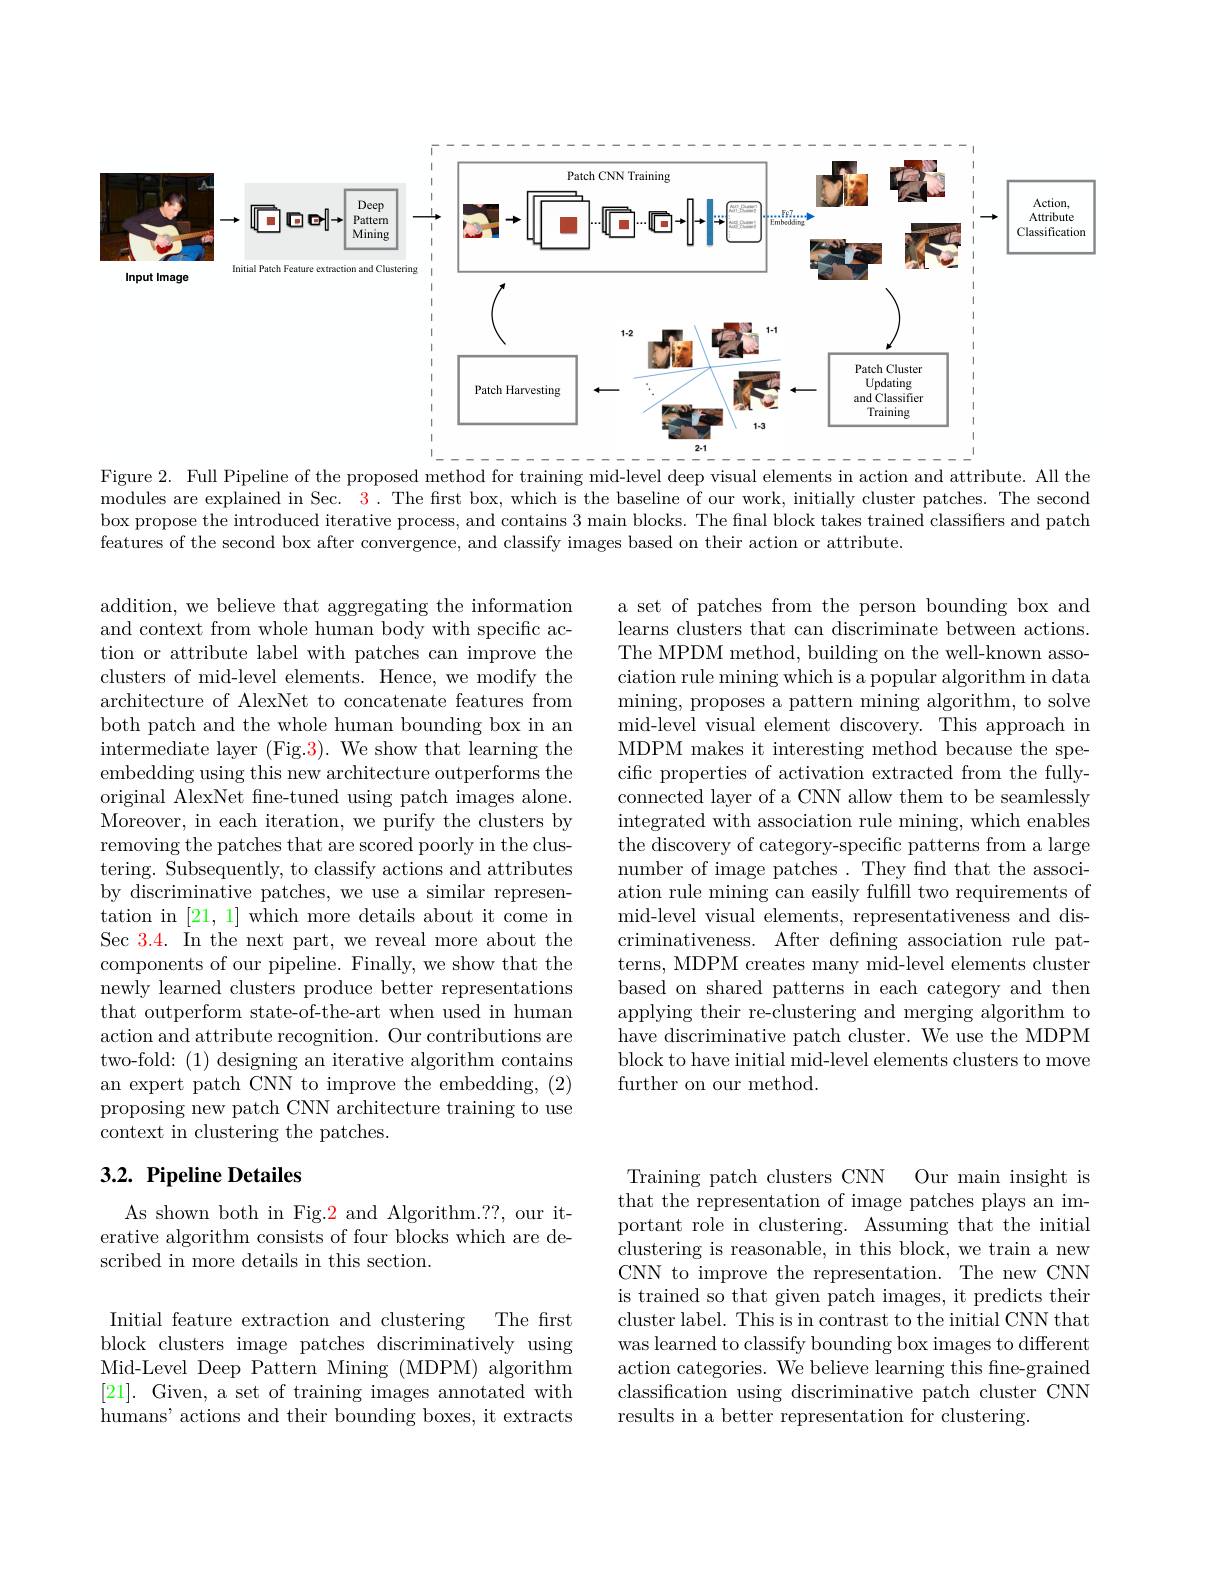
<FigureHere>

Figure 2. Full Pipeline of the proposed method for training mid-level deep visual elements in action and attribute. All the modules are explained in Sec. $\color{red}3.$ The first box, which is the baseline of our work, initially cluster patches. The second box propose the introduced iterative process, and contains 3 main blocks. The final block takes trained classifiers and patch features of the second box after convergence, and classify images based on their action or attribute.

a set of patches from the person bounding box and learns clusters that can discriminate between actions. The MPDM method, building on the well-known association rule mining which is a popular algorithm in data mining, proposes a pattern mining algorithm, to solve mid-level visual element discovery. This approach in MDPM makes it interesting method because the specific properties of activation extracted from the fullyconnected layer of a CNN allow them to be seamlessly integrated with association rule mining, which enables the discovery of category-specific patterns from a large number of image patches. They find that the association rule mining can easily fulfill two requirements of mid-level visual elements, representativeness and discriminativeness. After defining association rule patterns, MDPM creates many mid-level elements cluster based on shared patterns in each category and then applying their re-clustering and merging algorithm to have discriminative patch cluster. We use the MDPM block to have initial mid-level elements clusters to move further on our method.

addition, we believe that aggregating the information and context from whole human body with specific action or attribute label with patches can improve the clusters of mid-level elements. Hence, we modify the architecture of AlexNet to concatenate features from both patch and the whole human bounding box in an intermediate layer (Fig.3). We show that learning the embedding using this new architecture outperforms the original AlexNet fne-tuned using patch images alone. Moreover, in each iteration, we purify the clusters by removing the patches that are scored poorly in the clustering. Subsequently, to classify actions and attributes by discriminative patches, we use a similar representation in [21,1] which more details about it come in Sec 3.4. In the next part, we reveal more about the components of our pipeline. Finally, we show that the newly learned clusters produce better representations that outperform state-of-the-art when used in human action and attribute recognition. Our contributions are two-fold: (1) designing an iterative algorithm contains an expert patch CNN to improve the embedding, (2) proposing new patch CNN architecture training to use context in clustering the patches.

### $3. 2. \textbf{ Pipeline Detailes}$

As shown both in Fig.2 and Algorithm.??, our iterative algorithm consists of four blocks which are described in more details in this section.

Training patch clusters CNN Our main insight is that the representation of image patches plays an important role in clustering. Assuming that the initial clustering is reasonable, in this block, we train a new CNN to improve the representation. The new CNN is trained so that given patch images, it predicts their cluster label. This is in contrast to the initial CNN that was learned to classify bounding box images to different action categories. We believe learning this fne-grained classification using discriminative patch cluster CNN results in a better representation for clustering.

Initial feature extraction and clustering The first block clusters image patches discriminatively using Mid-Level Deep Pattern Mining (MDPM) algorithm [21]. Given, a set of training images annotated with humans' actions and their bounding boxes, it extracts